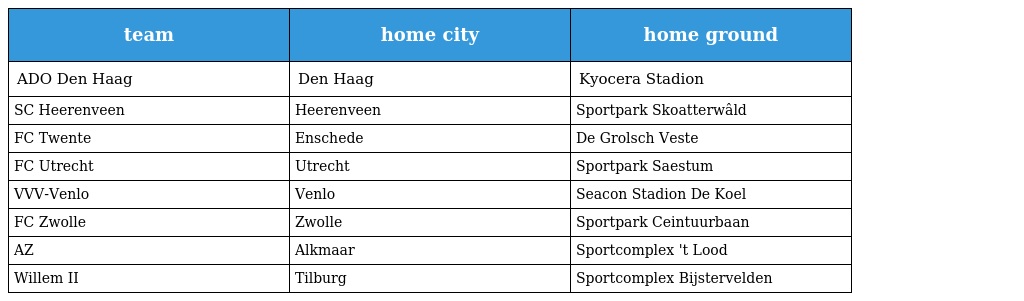
| team | home city | home ground |
 | --- | --- | --- |
 | ADO Den Haag | Den Haag | Kyocera Stadion |
 | SC Heerenveen | Heerenveen | Sportpark Skoatterwâld |
 | FC Twente | Enschede | De Grolsch Veste |
 | FC Utrecht | Utrecht | Sportpark Saestum |
 | VVV-Venlo | Venlo | Seacon Stadion De Koel |
 | FC Zwolle | Zwolle | Sportpark Ceintuurbaan |
 | AZ | Alkmaar | Sportcomplex 't Lood |
 | Willem II | Tilburg | Sportcomplex Bijstervelden |